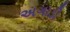
અગાડી